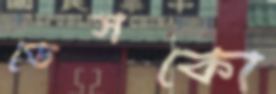
ডেসকো